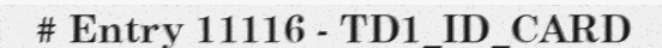
# Entry 11116 - TD1_ID_CARD